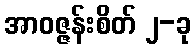
အာဝဇ္ဇန်းစိတ် ၂-ခု